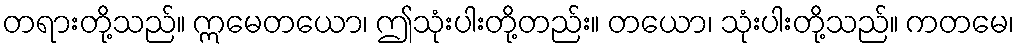
တရားတို့သည်။ ဣမေတယော၊ ဤသုံးပါးတို့တည်း။ တယော၊ သုံးပါးတို့သည်။ ကတမေ၊